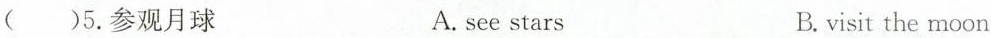
()5. 参观月球 A. see stars B. visit the moon